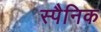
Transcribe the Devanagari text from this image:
स्पैनिक